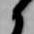
候